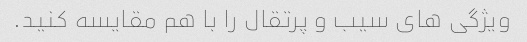
ویژگی های سیب و پرتقال را با هم مقایسه کنید.